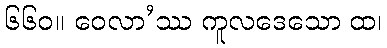
၆၆၀။ ဝေလာ’ဿ ကူလဒေသော ထ၊